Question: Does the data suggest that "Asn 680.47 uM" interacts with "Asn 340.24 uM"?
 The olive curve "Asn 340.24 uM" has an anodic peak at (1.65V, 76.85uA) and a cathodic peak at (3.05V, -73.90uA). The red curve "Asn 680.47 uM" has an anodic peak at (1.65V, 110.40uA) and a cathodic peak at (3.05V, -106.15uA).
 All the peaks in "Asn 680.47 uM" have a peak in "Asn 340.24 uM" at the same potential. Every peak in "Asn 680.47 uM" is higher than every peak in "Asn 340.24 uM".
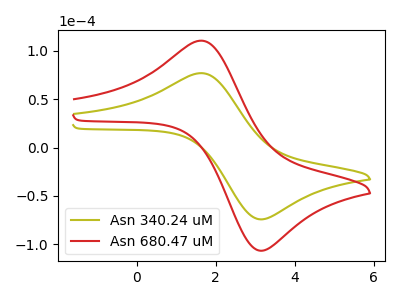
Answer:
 <answer>No, "Asn 680.47 uM" and "Asn 340.24 uM" don't appear to be significantly different in shape</answer>
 <eval>no_change</eval>